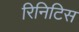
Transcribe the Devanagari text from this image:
रिनिटिस